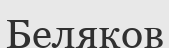
Беляков